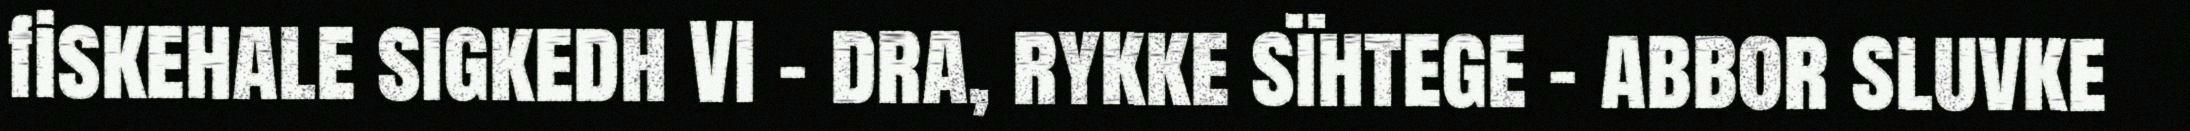
fiskehale sigkedh VI - dra, rykke sïhtege - abbor sluvke